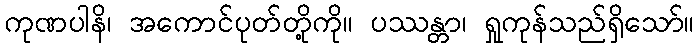
ကုဏပါနိ၊ အကောင်ပုတ်တို့ကို။ ပဿန္တာ၊ ရှုကုန်သည်ရှိသော်။